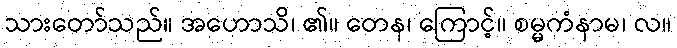
သားတော်သည်။ အဟောသိ၊ ၏။ တေန၊ ကြောင့်။ စမ္မကံနာမ၊ လ။